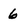
Character: 6